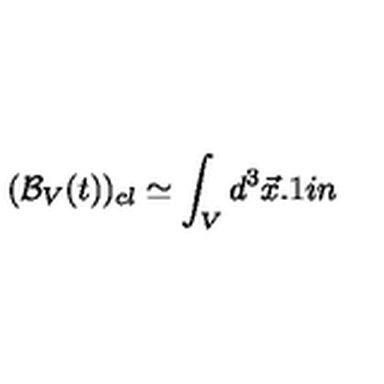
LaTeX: ( { \cal B } _ { V } ( t ) ) _ { c l } \simeq \int _ { V } d ^ { 3 } { \vec { x } } \hspace { 0 . 1 i n }